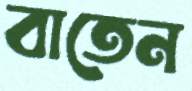
বাতেন